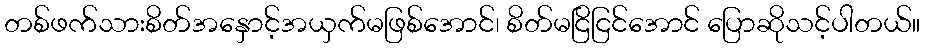
တစ်ဖက်သားစိတ်အနှောင့်အယှက်မဖြစ်အောင်၊ စိတ်မငြိငြင်အောင် ပြောဆိုသင့်ပါတယ်။